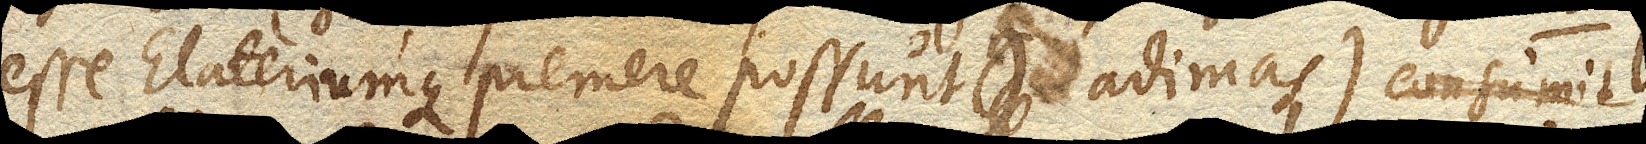
esse Elateriumque premere possunt adimas) consumit